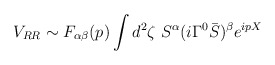
\begin{align*}V_{RR} \sim F_{\alpha\beta}(p) \int d^2\zeta\ S^\alpha (i\Gamma^0{\bar S})^\beta e^{ipX}\end{align*}